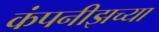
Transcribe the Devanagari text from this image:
कंपनीझच्या